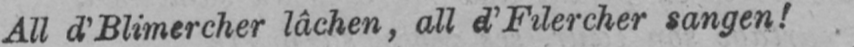
All d’Blimercher lâchen, all d’Filercher sangen!